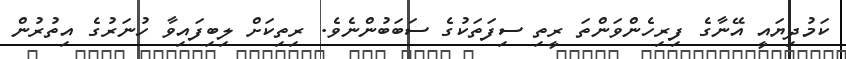
ކަމުދިޔައީ އޭނާގެ ފިރިހެންވަންތަ ރީތި ސިފަތަކުގެ ސަބަބުންނެވެ. ރިތިކަށް ލިބިފައިވާ ހުނަރުގެ އިތުރުން